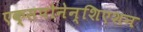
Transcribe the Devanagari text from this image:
एक्सपोनेन्शिएशन